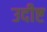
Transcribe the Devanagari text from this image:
उदीष्ट